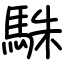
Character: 駯